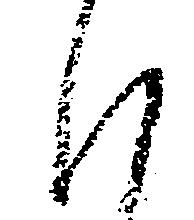
沙